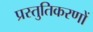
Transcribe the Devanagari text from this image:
प्रस्तुतिकरणों